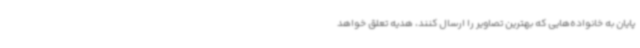
پایان به خانواده‌هایی که بهترین تصاویر را ارسال کنند، هدیه تعلق خواهد